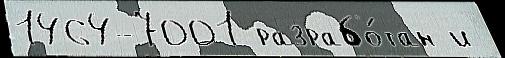
1464-7001 разрабо́тан и